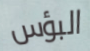
البؤس